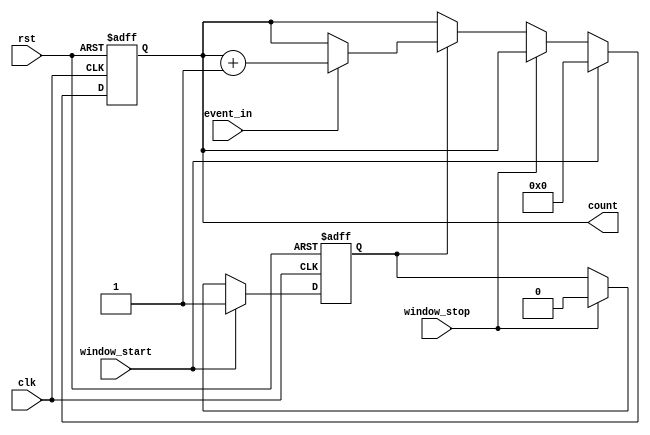
module windowed_counter #(
    parameter WIDTH = 8  // Parameter to set counter width (8-bit by default)
) (
    input wire clk,            // Clock signal
    input wire rst,            // Active-high asynchronous reset
    input wire event_in,       // Event input signal to increment the count
    input wire window_start,    // Signal to start the counting window
    input wire window_stop,     // Signal to stop the counting window
    output reg [WIDTH-1:0] count // Output current count value
);

    // Internal signal to handle counting logic
    reg counting;  // Flag to indicate if we are in counting state

    always @(posedge clk or posedge rst) begin
        if (rst) begin
            count <= 0;        // Reset count to zero
            counting <= 0;     // Clear counting flag
        end else begin
            if (window_start) begin
                count <= 0;    // Reset count on new window start
                counting <= 1;  // Set counting flag
            end else if (window_stop) begin
                counting <= 0;  // Leave count as is, just stop counting
            end else if (counting) begin
                if (event_in) begin
                    count <= count + 1;  // Increment count on event input
                end
            end
        end
    end
endmodule